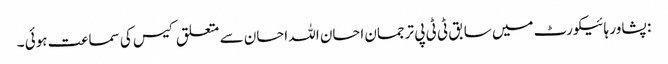
: پشاور ہائیکورٹ میں سابق ٹی ٹی پی ترجمان احسان اللہ احسان سے متعلق کیس کی سماعت ہوئی ۔